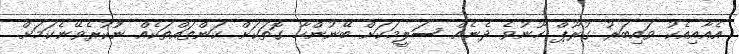
އެއާއިއެކު ވައިބަރު ގުރޫޕް ހޫނުވެ ދެނެއް ސަލީމަކަށް ބޭނުންހާ ގޮތަކަށް ކަންތައްތަކެއް ނުުކުރެވޭނެކަމަށް